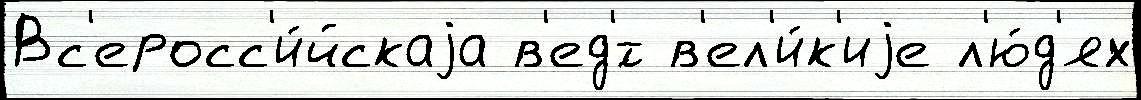
Вс'еросс'и́йскаjа в'ед'́т в'ел'и́к'иjе л'ю́д'ях